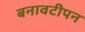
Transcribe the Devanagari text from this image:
बनावटीपन